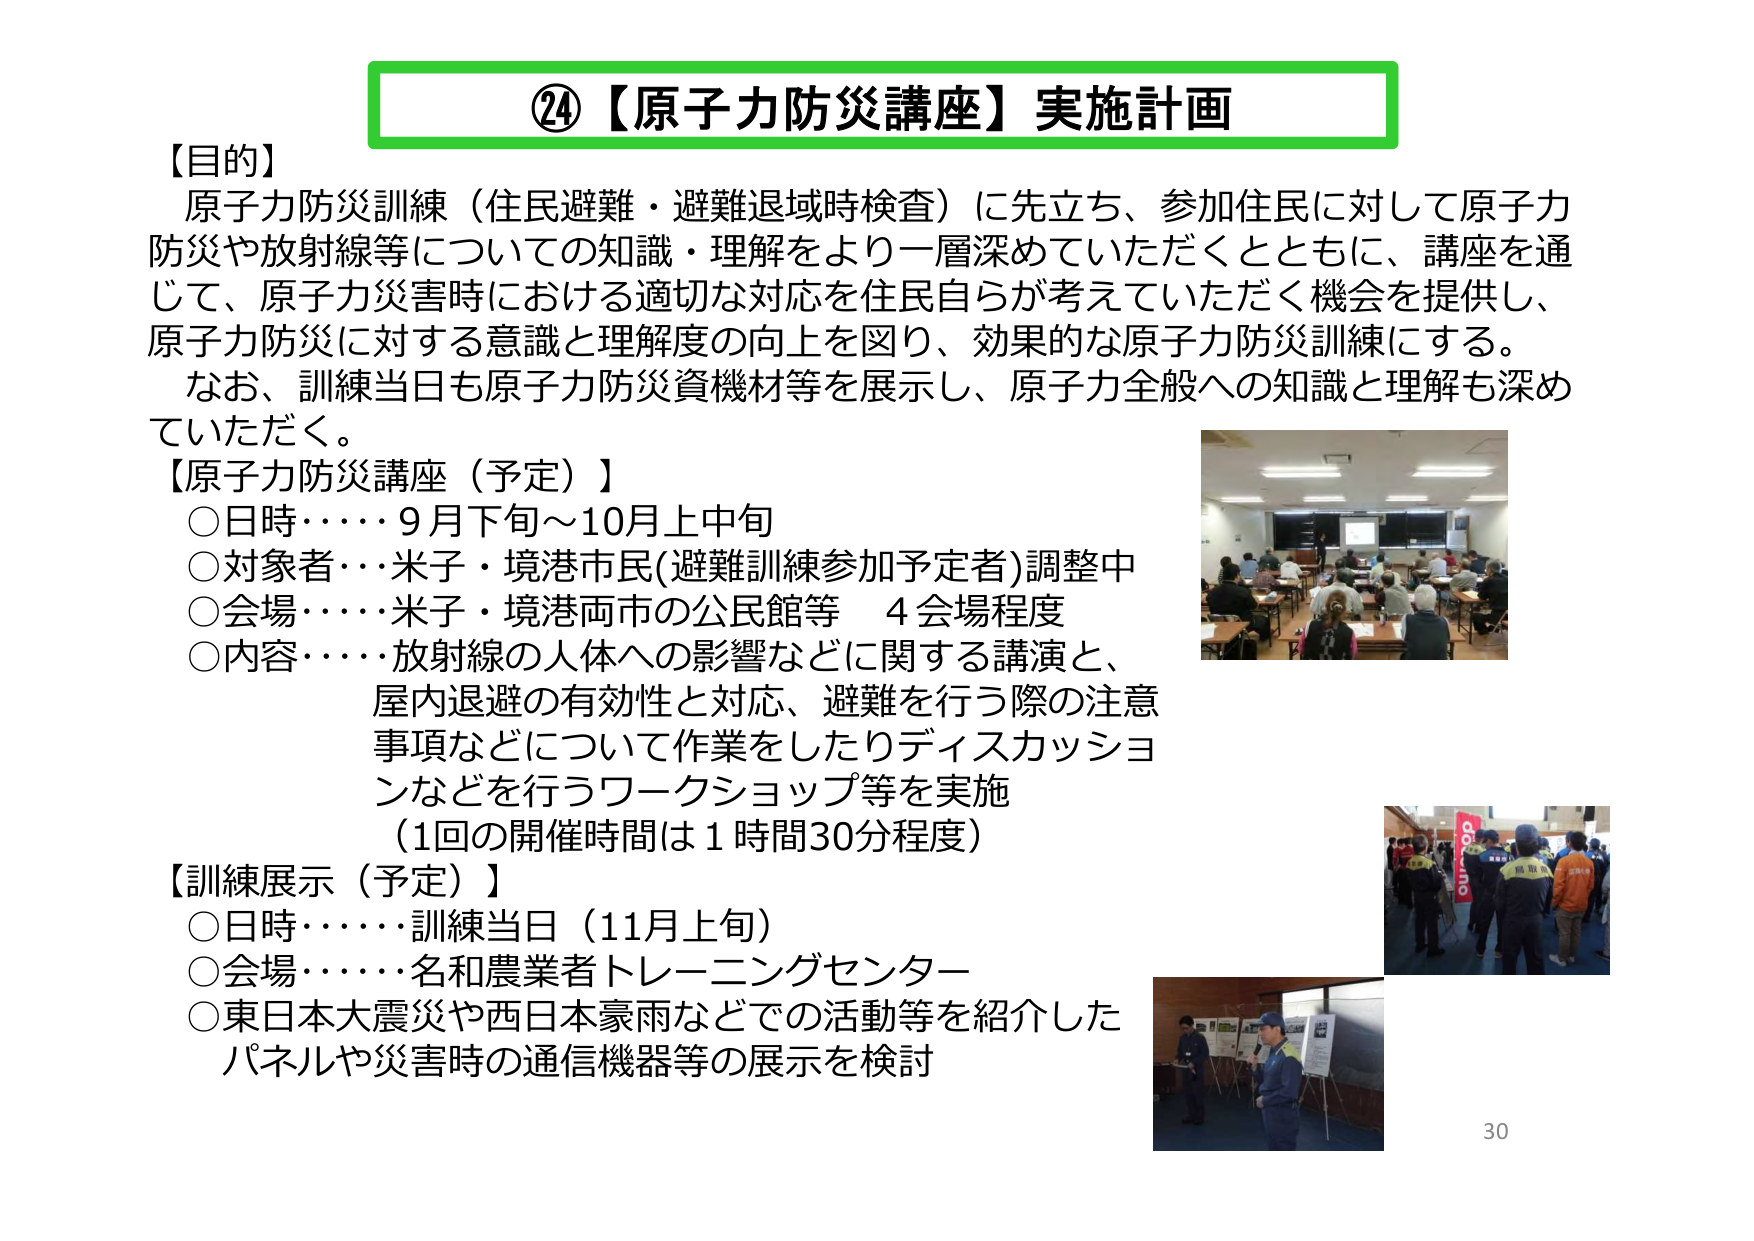
②4【原子力防災講座】実施計画

【目的】
原子力防災訓練（住民避難・避難退域時検査）に先立ち、参加住民に対して原子力防災や放射線等についての知識・理解をより一層深めていただくとともに、講座を通じて、原子力災害時における適切な対応を住民自らが考えていただく機会を提供し、原子力防災に対する意識と理解度の向上を図り、効果的な原子力防災訓練にする。
なお、訓練当日も原子力防災資機材等を展示し、原子力全般への知識と理解も深めていただく。

【原子力防災講座（予定）】
○日時・・・・9月下旬～10月上中旬
○対象者・・・米子・境港市民(避難訓練参加予定者)調整中
○会場・・・・米子・境港両市の公民館等　4会場程度
○内容・・・・放射線の人体への影響などに関する講演と、
屋内退避の有効性と対応、避難を行う際の注意事項などについて作業をしたりディスカッションなどを行うワークショップ等を実施
（1回の開催時間は1時間30分程度）

【訓練展示（予定）】
○日時・・・・訓練当日（11月上旬）
○会場・・・・名和農業者トレーニングセンター
○東日本大震災や西日本豪雨などでの活動等を紹介したパネルや災害時の通信機器等の展示を検討

30